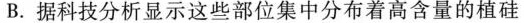
B. 据科技分析显示这些部位集中分布着高含量的植硅